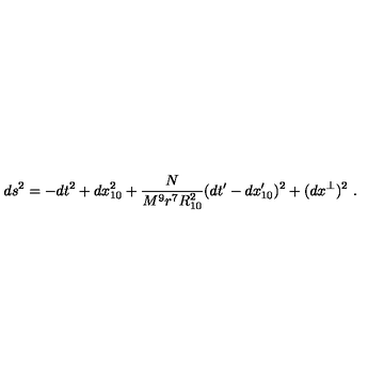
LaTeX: d s ^ { 2 } = - d t ^ { 2 } + d x _ { 1 0 } ^ { 2 } + \frac { N } { M ^ { 9 } r ^ { 7 } R _ { 1 0 } ^ { 2 } } ( d t ^ { \prime } - d x _ { 1 0 } ^ { \prime } ) ^ { 2 } + ( d x ^ { \perp } ) ^ { 2 } \ .